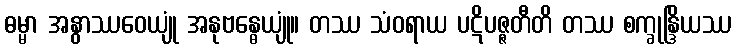
ဓမ္မာ အနွာဿဝေယျုံ အနုဗန္ဓေယျုံ။ တဿ သံဝရာယ ပဋိပဇ္ဇတီတိ တဿ စက္ခုန္ဒြိယဿ